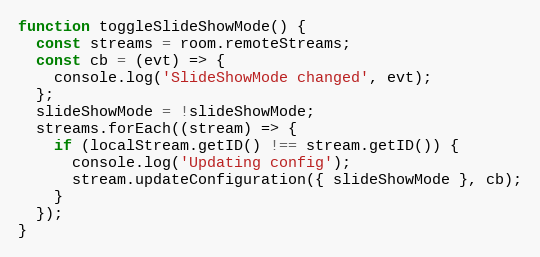
Language: JavaScript
function toggleSlideShowMode() {
  const streams = room.remoteStreams;
  const cb = (evt) => {
    console.log('SlideShowMode changed', evt);
  };
  slideShowMode = !slideShowMode;
  streams.forEach((stream) => {
    if (localStream.getID() !== stream.getID()) {
      console.log('Updating config');
      stream.updateConfiguration({ slideShowMode }, cb);
    }
  });
}